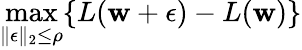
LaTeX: \operatorname*{max}_{\| \mathbf{\epsilon}\| _{2}\leq\rho}\{ L(\mathbf{w}+\mathbf{\epsilon})-L(\mathbf{w})\}